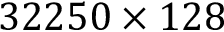
3 2 2 5 0 \times 1 2 8